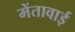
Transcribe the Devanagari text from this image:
मेंतावाई